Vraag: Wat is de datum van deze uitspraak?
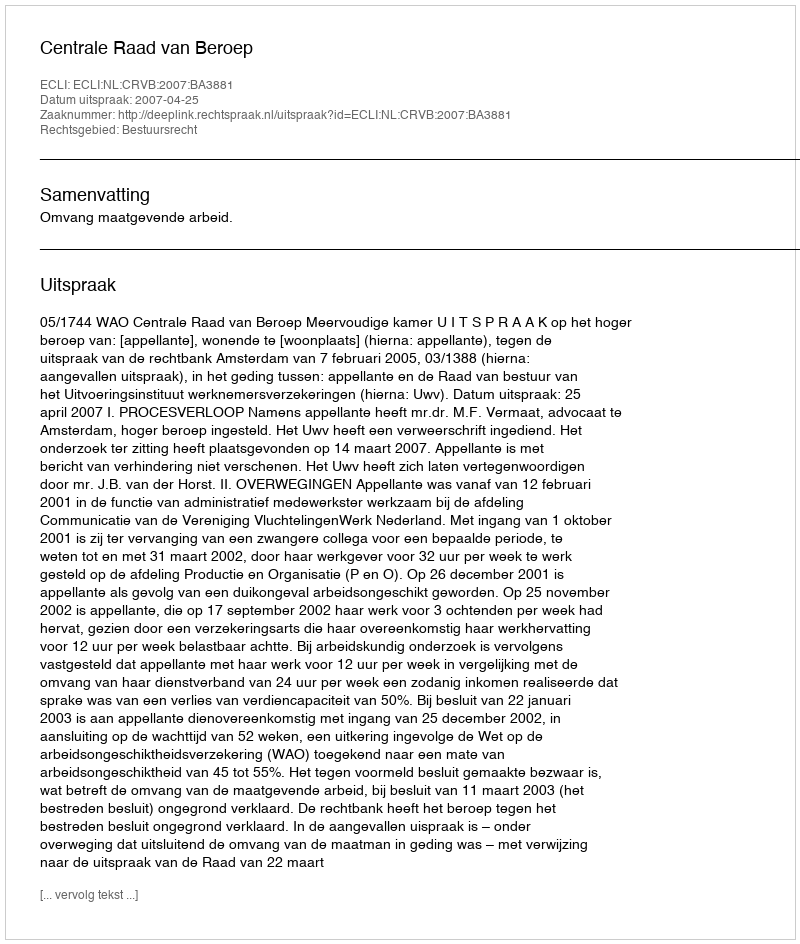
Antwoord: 2007-04-25